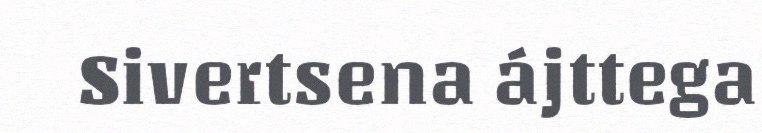
Sivertsena ájttega